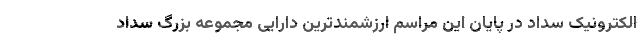
الکترونیک سداد در پایان این مراسم ارزشمندترین دارایی مجموعه بزرگ سداد